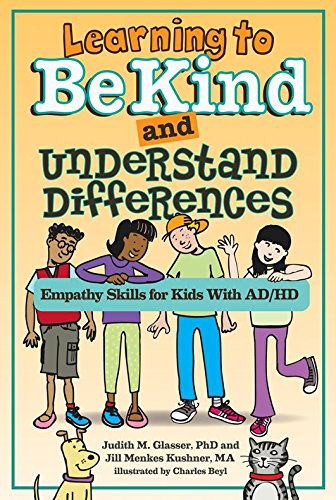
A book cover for Learning to Be Kind and Understand Differences: Empathy Skills for Kids With AD/HD; Judith Glasser; Parenting & Relationships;